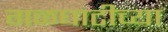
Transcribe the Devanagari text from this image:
गळघाटीच्या